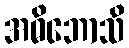
အဓိဘောသိ